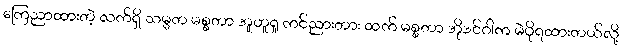
ကြေညာထားတဲ့ လက်ရှိ သမ္မတ မစ္စတာ အူဟူရူ ကင်ညားတား ထက် မစ္စတာ အိုဒင်ဂါက မဲပိုရထားတယ်လို့